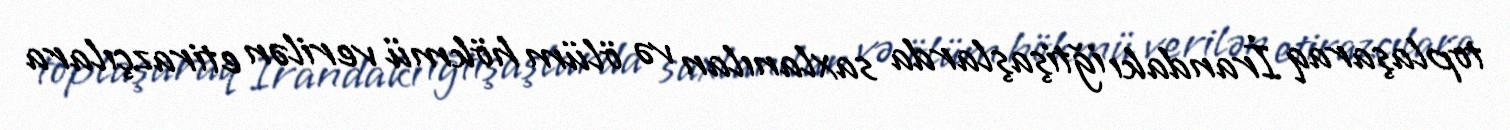
toplaşaraq İrandakı iğtişaşlarda saxlanılan və ölüm hökmü verilən etirazçılara